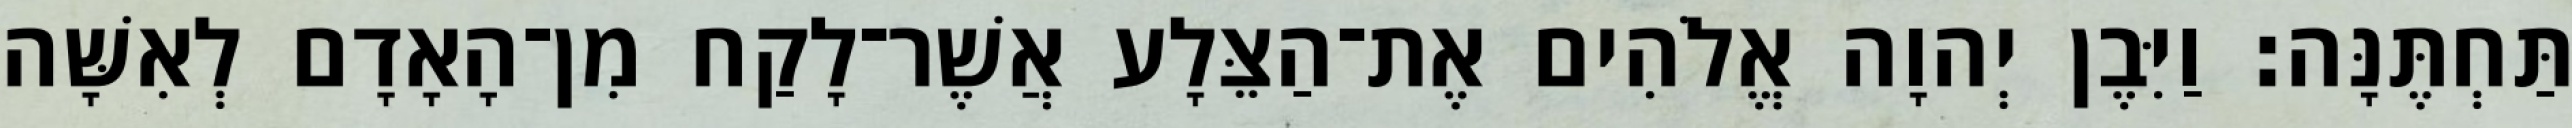
תַּחְתֶּנָּה׃ וַיִּבֶן יְהוָה אֱלֹהִים אֶת־הַצֵּלָע אֲשֶׁר־לָקַח מִן־הָאָדָם לְאִשָּׁה